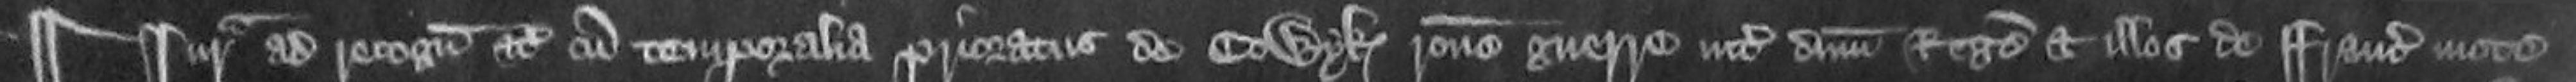
¶ Jurata ad recognoscendum etc cum temporalia Prioratus de Colwyk ratione guerre inter dominum Regem et illos de Francia mote